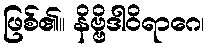
ဖြစ်၏။ နိဗ္ဗိဒါဝိရာဂေ၊